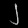
Digit: ၂